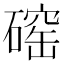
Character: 𪿲